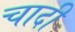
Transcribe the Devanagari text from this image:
चादी